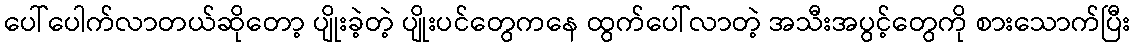
ပေါ်ပေါက်လာတယ်ဆိုတော့ ပျိုးခဲ့တဲ့ ပျိုးပင်တွေကနေ ထွက်ပေါ်လာတဲ့ အသီးအပွင့်တွေကို စားသောက်ပြီး